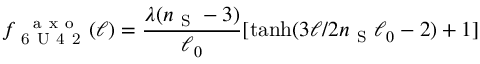
f _ { \mathrm { ~ 6 ~ U ~ 4 ~ 2 ~ } } ^ { \mathrm { ~ \, ~ a ~ x ~ o ~ } } ( \ell ) = \frac { \lambda ( n _ { \mathrm { ~ S ~ } } - 3 ) } { \ell _ { 0 } } [ \operatorname { t a n h } ( 3 \ell / 2 n _ { \mathrm { ~ S ~ } } \ell _ { 0 } - 2 ) + 1 ]